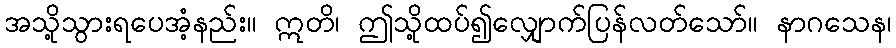
အသို့သွားရပေအံ့နည်း။ ဣတိ၊ ဤသို့ထပ်၍လျှောက်ပြန်လတ်သော်။ နာဂသေန၊